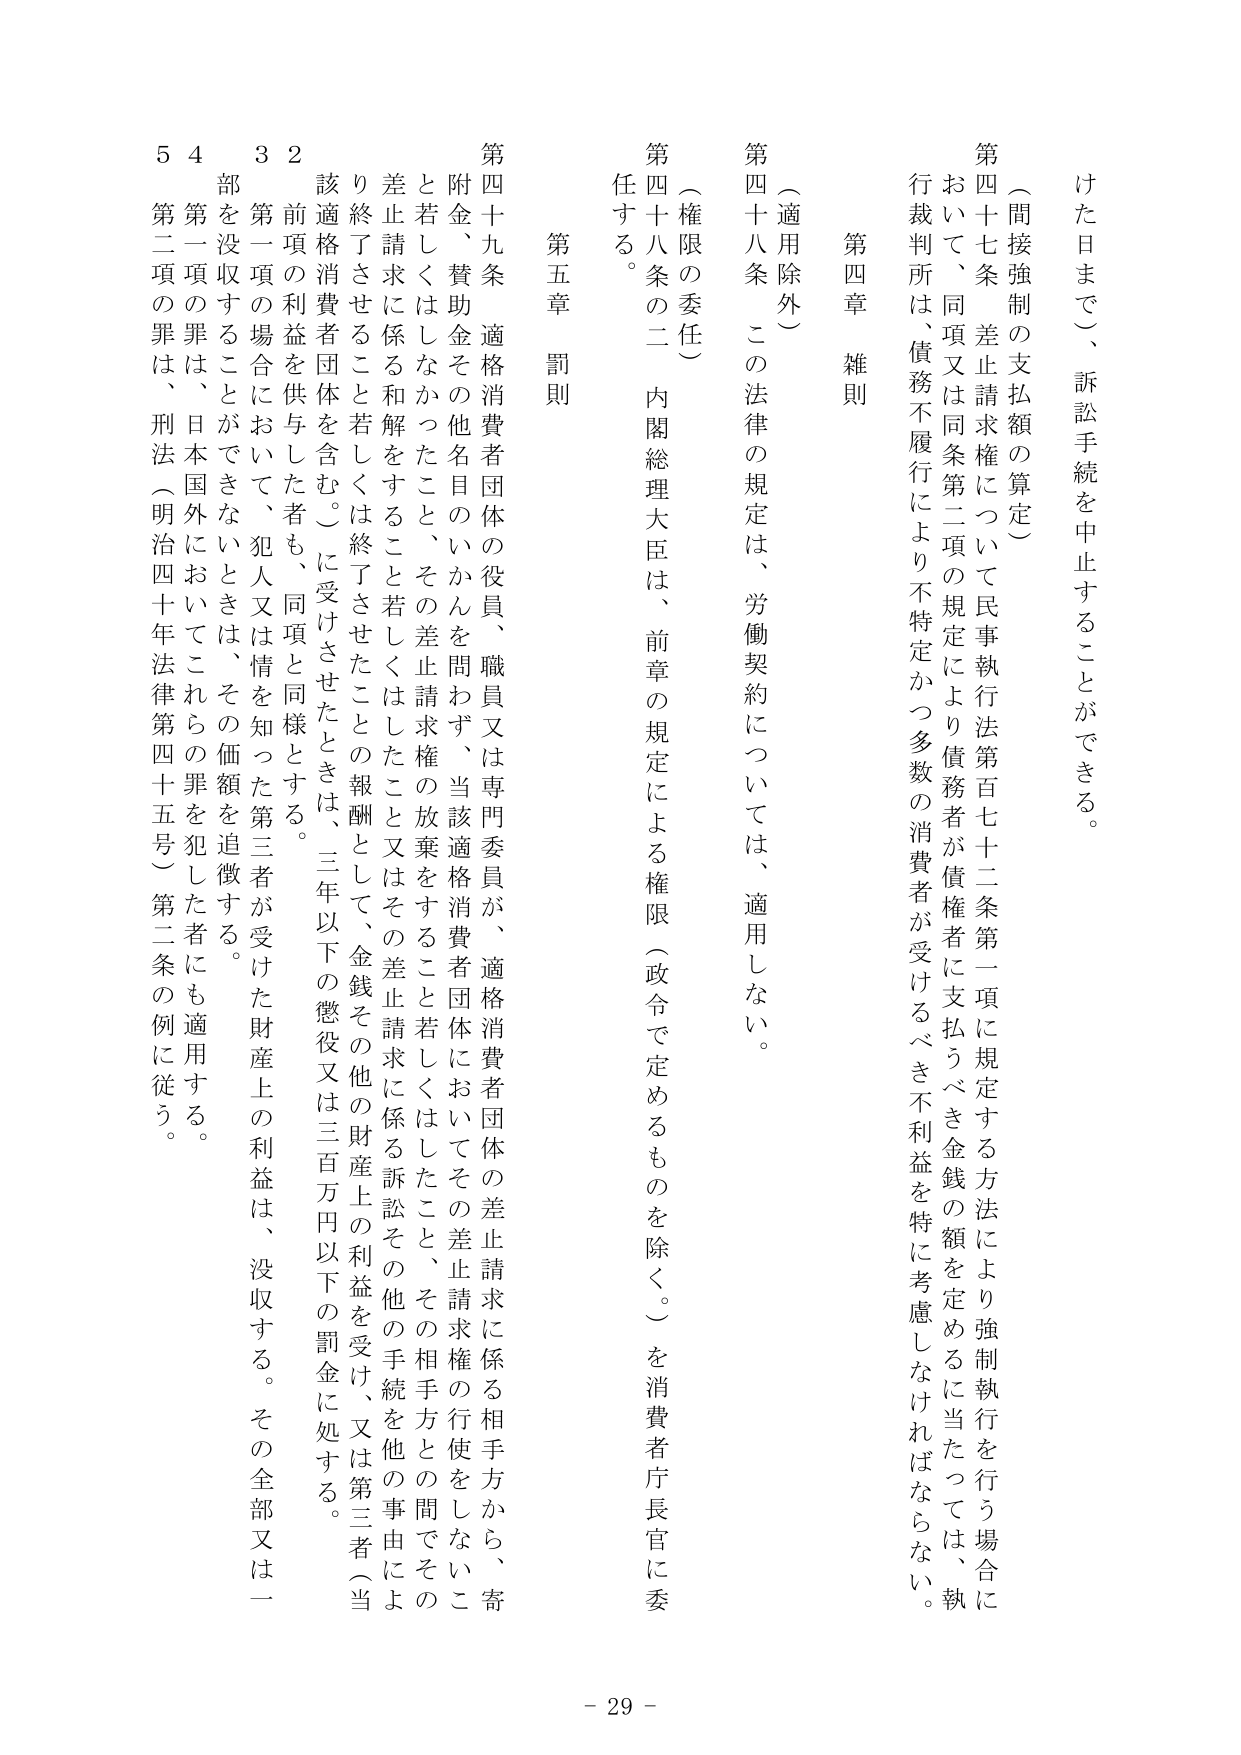
けた日まで）、訴訟手続を中止することができる。

（間接強制の支払額の算定）

第四十七条 差止請求権について民事執行法第百七十二条第一項に規定する方法により強制執行を行う場合において、同条又は同条第二項の規定により債務者が債権者に支払うべき金銭の額を定めるに当たっては、執行裁判所は、債務不履行により不特定かつ多数の消費者が受けるべき不利益を特に考慮しなければならない。

第四章 雑則

（適用除外）

第四十八条 この法律の規定は、労働契約については、適用しない。

（権限の委任）

第四十八条の二 内閣総理大臣は、前章の規定による権限（政令で定めるものを除く。）を消費者庁長官に委任する。

第五章 罰則

第四十九条 適格消費者団体の役員、職員又は専門委員が、適格消費者団体の差止請求に係る相手方から、寄附金、賛助金その他名目のいかんを問わず、当該適格消費者団体においてその差止請求に係る相手方との間でその差止請求に係る和解をすること若しくはしたこと又はその差止請求に係る訴訟その他の手続を他の事由により終了させること若しくは終了させたことの報酬として、金銭その他の財産上の利益を受け、又は第三者（当該適格消費者団体を含む。）に受けさせたときは、三年以下の懲役又は三百万円以下の罰金に処する。

２ 前項の利益を供与した者も、同項と同様とする。

３ 第一項の場合において、犯人又は情を知った第三者が受けた財産上の利益は、没収する。その全部又は一部を没収することができないときは、その価額を追徴する。

４ 第一項の罪は、日本国外においてこれらの罪を犯した者にも適用する。

５ 第二項の罪は、刑法（明治四十年法律第四十五号）第二条の例に従う。

- 29 -